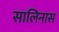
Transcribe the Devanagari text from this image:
सालिनास